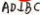
A D \bot B C